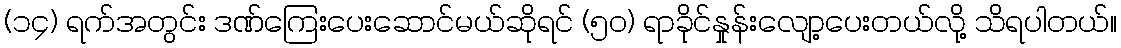
(၁၄) ရက်အတွင်း ဒဏ်ကြေးပေးဆောင်မယ်ဆိုရင် (၅၀) ရာခိုင်နှုန်းလျော့ပေးတယ်လို့ သိရပါတယ်။